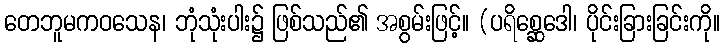
တေဘူမကဝသေန၊ ဘုံသုံးပါး၌ ဖြစ်သည်၏ အစွမ်းဖြင့်။ (ပရိစ္ဆေဒေါ၊ ပိုင်းခြားခြင်းကို။